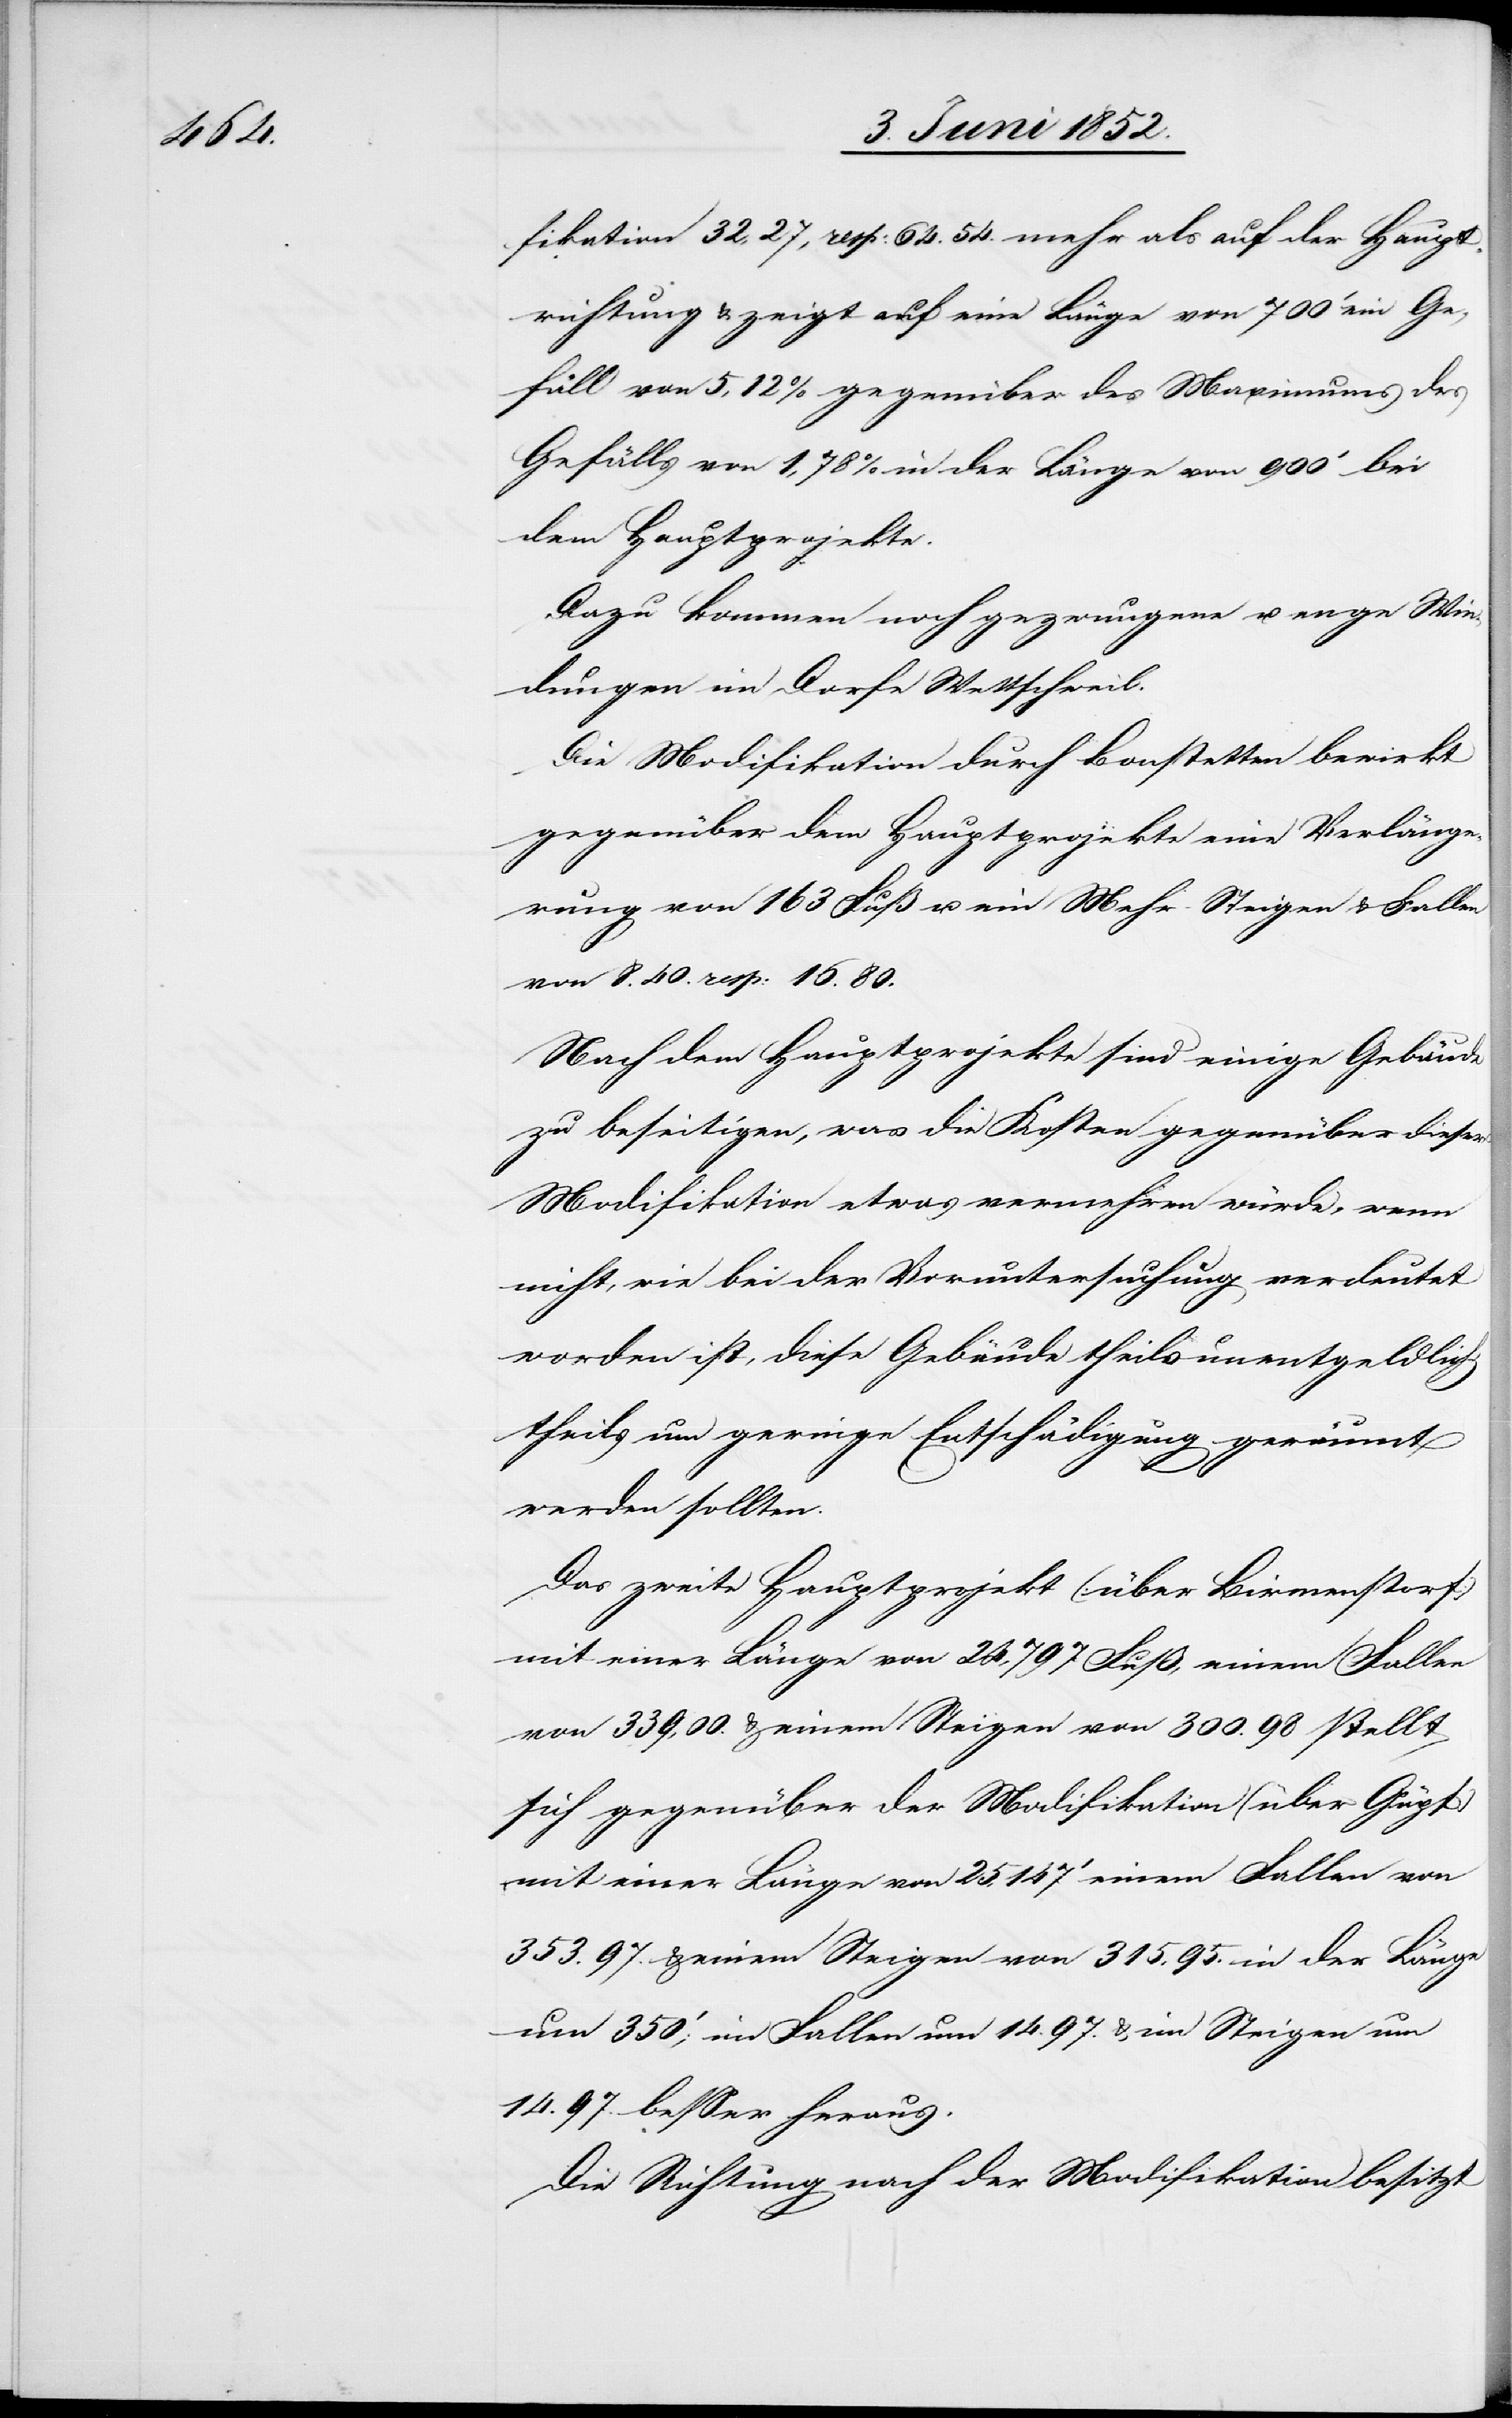
fikation 32,27, resp: 64.54 mehr als auf der Haupt¬
richtung & zeigt auf eine Länge von 700‘ ein Ge¬
fäll von 5,12% gegenüber des Maximums des
Gefälls von 1,78% in der Länge von 900‘ bei
dem Hauptprojekte.
Dazu kommen noch gezwungene u. enge Win¬
dungen im Dorfe Wettschweil.
Die Modifikation durch Bonstetten bewirkt
gegenüber dem Hauptprojekte eine Verlänge¬
rung von 163 Fuß u. ein Mehr Steigen & Fallen
von 8.40 resp: 16.80.
Nach dem Hauptprojekte sind einige Gebäude
zu beseitigen, was die Kosten gegenüber dieser
Modifikation etwas vermehren würde, wenn
nicht, wie bei der Voruntersuchung verdeutet
worden ist, diese Gebäude theils unentgeldlich,
theils um geringe Entschädigung geräumt
werden sollten.
Das zweite Hauptprojekt (über Birmenstorf)
mit einer Länge von 24,797 Fuß, einem Fallen
von 339,00. & einem Steigen von 300.98 stellt
sich gegenüber der Modifikation (über Güpf)
mit einer Länge von 25,147‘ einem Fallen von
353.97. & einem Steigen von 315.95. in der Länge
um 350‘; im Fallen um 14.97 & im Steigen um
14.97. besser heraus.
Die Richtung nach der Modifikation besitzt